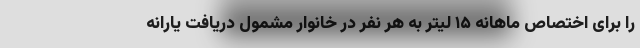
را برای اختصاص ماهانه ۱۵ لیتر به هر نفر در خانوار مشمول دریافت یارانه